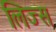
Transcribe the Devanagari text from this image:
लिज्स